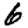
Digit: 6